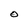
Character: O